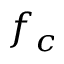
f _ { c }